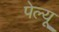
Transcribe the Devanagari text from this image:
पेल्यू